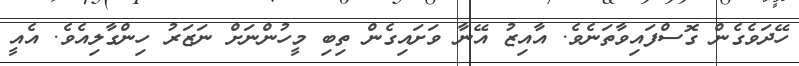
ހޭދަވެގެން ގޮސްފައިވާތަނެވެ. އާއިޒު އޭނާ ވަށައިގެން ތިބި މީހުންނަށް ނަޒަރު ހިންގާލިއެވެ. އެއީ